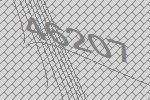
46207